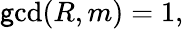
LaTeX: \operatorname*{\mathsf{g}c\mathrm{d}}(R,m)=1,